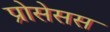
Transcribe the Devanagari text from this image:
प्रोसेसस